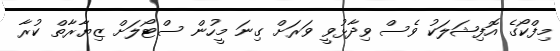
މިފްކޯގެ އޮފިޝަލަކު ވެސް ވިދާޅުވީ ވަރަށް ގިނަ މީހުން ސްޓޯލަށް ޒިޔާރާތް ކުރާ